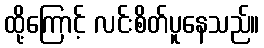
ထို့ကြောင့် လင်းစိတ်ပူနေသည်။